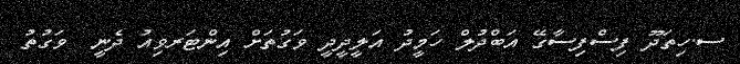
ސ.ހިތަދޫ ފިސްފިސާގޭ އަބްދުލް ހަމީދު އަލީދީދީ ވަގުތަށް އިންޓަރވިއު ދެނީ  ވަގުތު